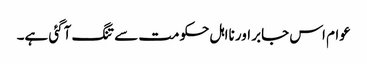
عوام اس جابر اور نااہل حکومت سے تنگ آگئی ہے۔